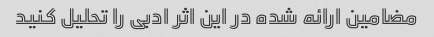
مضامین ارائه شده در این اثر ادبی را تحلیل کنید